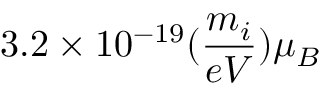
3 . 2 \times 1 0 ^ { - 1 9 } ( \frac { m _ { i } } { e V } ) \mu _ { B }